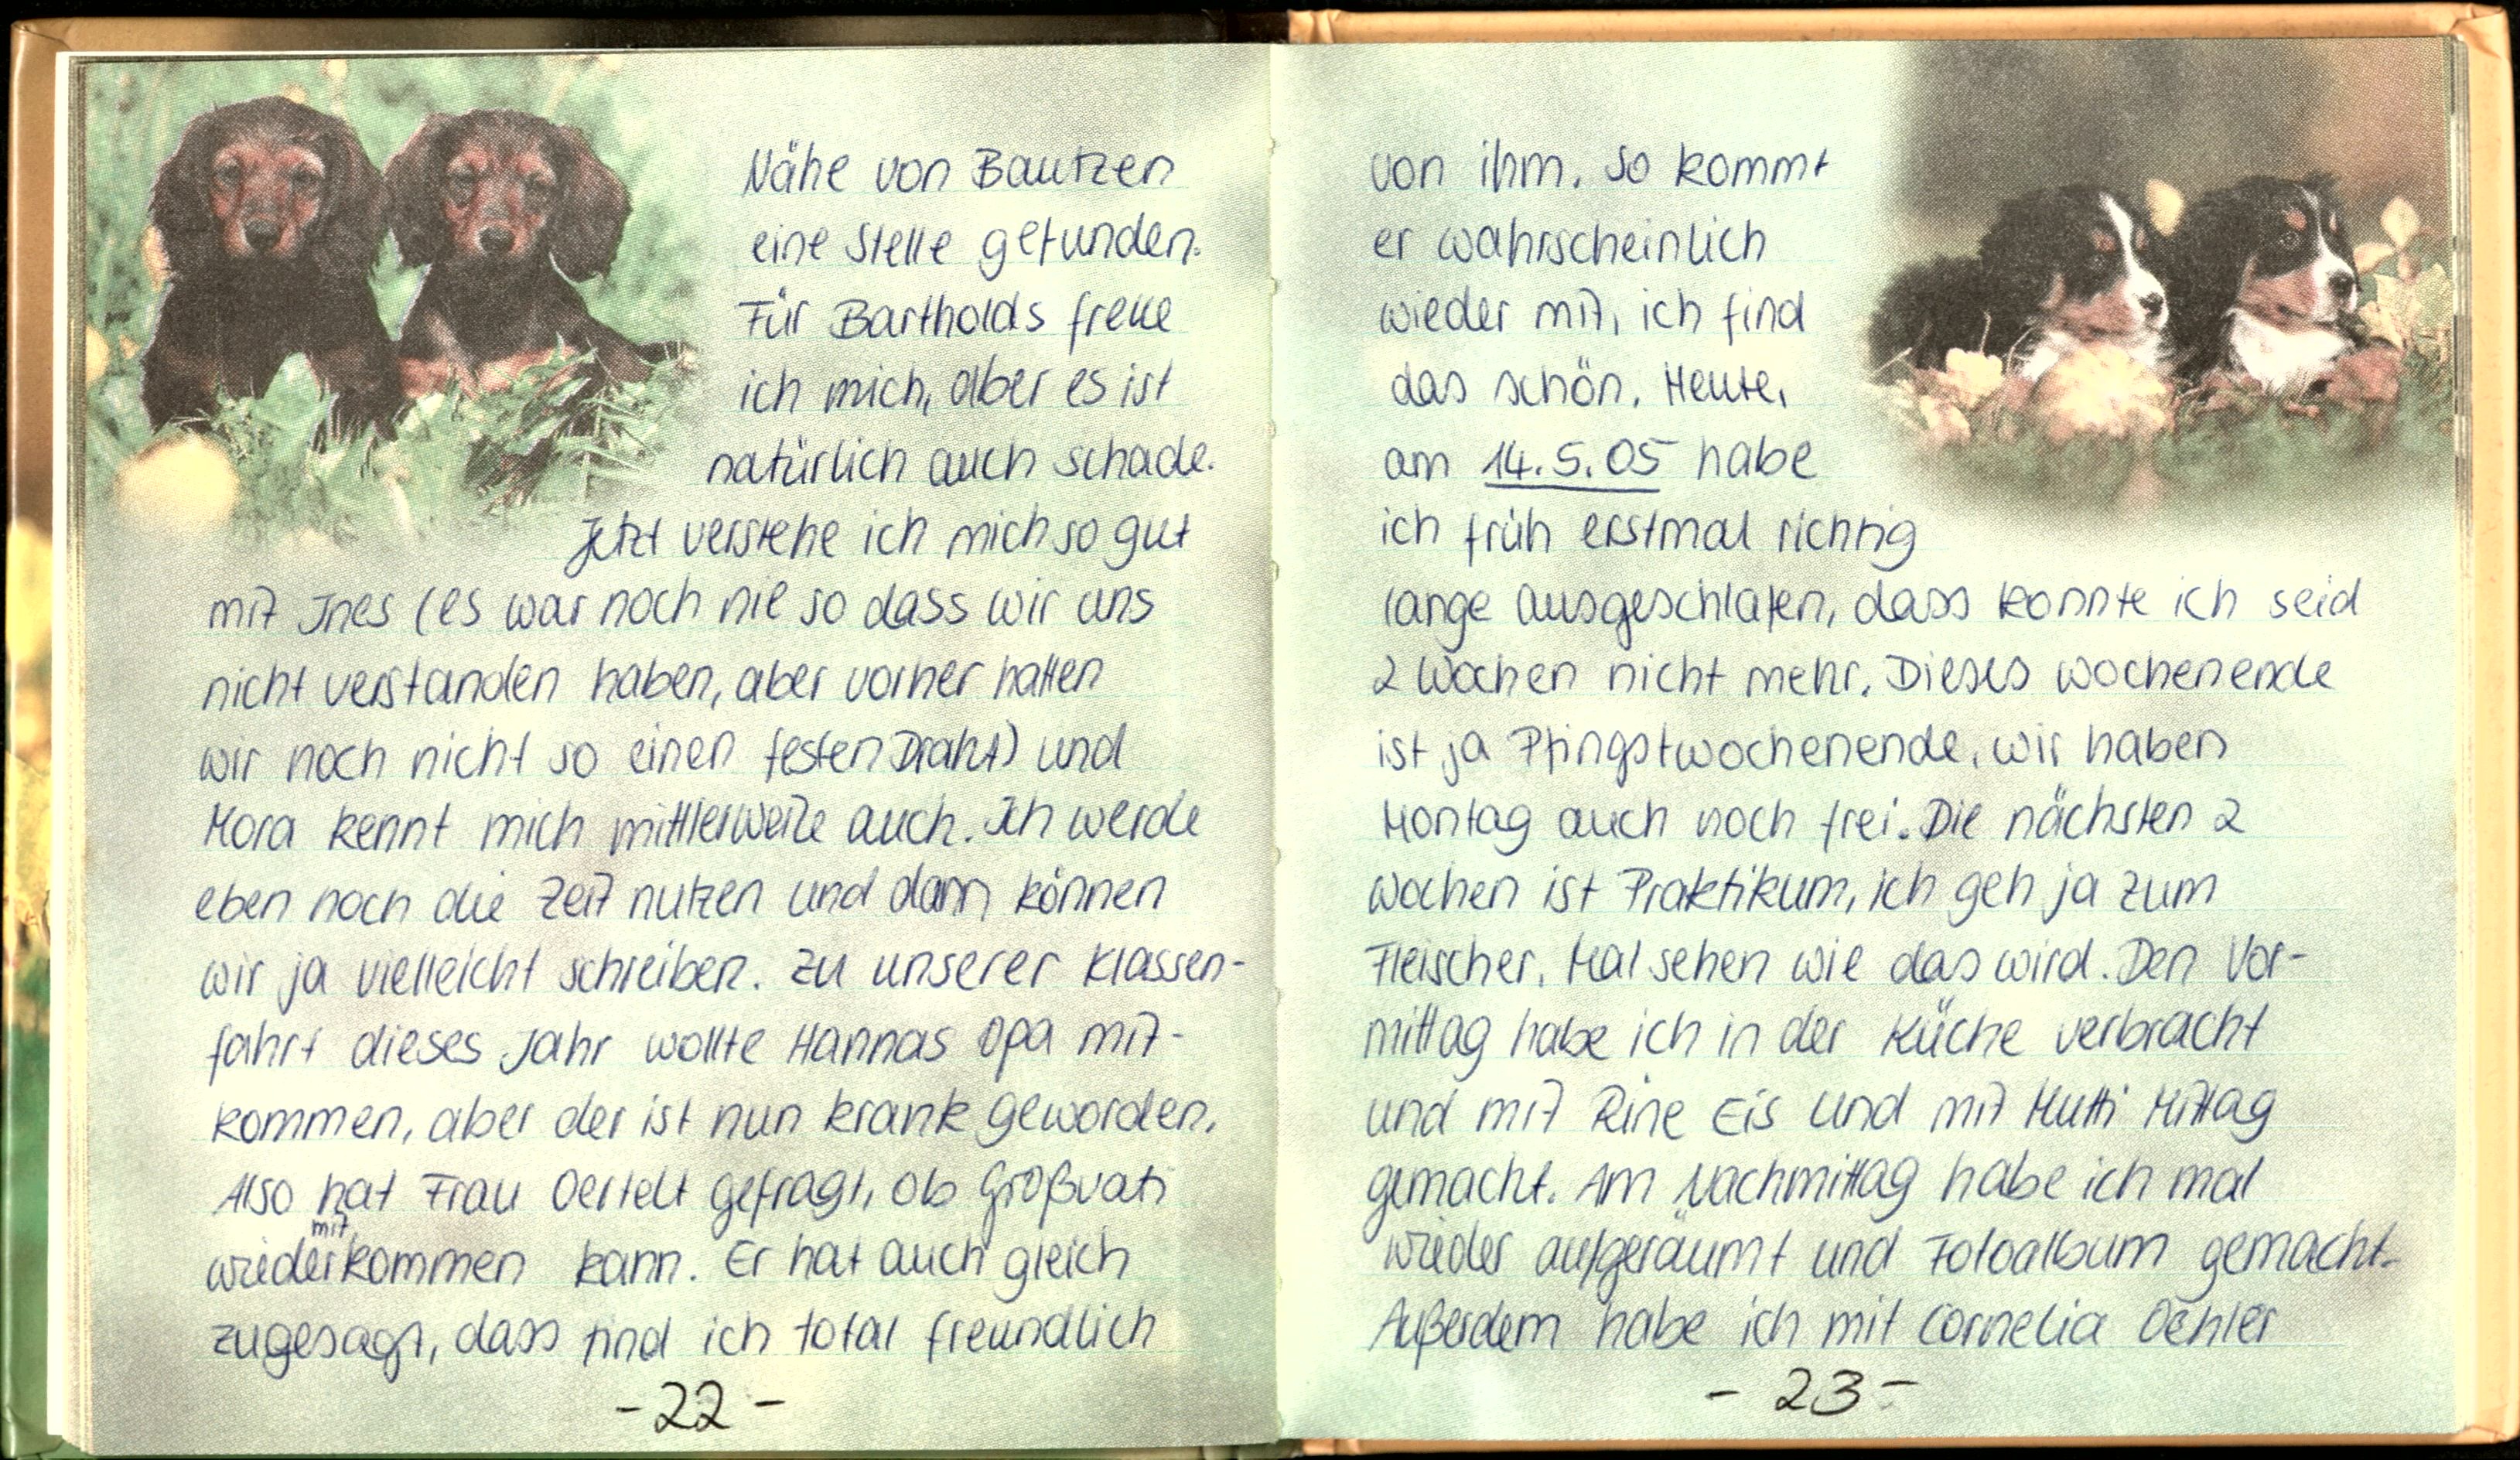
Nähe von Bautzen
eine Stelle gefunden.
Für Bartholds freue
ich mich, aber es ist
natürlich auch schade.
Jetzt verstehe ich mich so gut
mit Ines (es war noch nie so dass wir uns
nicht verstanden haben, aber vorher hatten
wir noch nicht so einen festen Draht) und
Mora kennt mich mitterweile auch. Ich werde
eben noch die Zeit nutzen und dann können
wir ja vielleicht schreiben. Zu unserer Klassen-
fahrt dieses Jahr wollte Hannas Opa mit
kommen, aber der ist nun krank geworden.
Also hat Frau Oertelt gefragt, ob Großvati
wiederkommen kann. Er hat auch gleich
zugesagt, dass find ich total freundlich

von ihm. so kommt
er wahrscheinlich
wieder mit, ich find
das schön. Heute,
am 14.5.05 habe
ich früh erstmal richtig
lange ausgeschlafen, dass konnte ich seid
2 Wochen nicht mehr. Dieses Wochenende
ist ja Pfingstwochenende, wir haben
Montag auch noch frei. Die nächsten 2
Wochen ist Praktikum, ich geh ja zum
Fleischer. Mal sehen wie das wird. Den Vor-
mittag habe ich in der Küche verbracht
und mit Rine Eis und mit Mutti Mittag
gemacht. Am Nachmittag habe ich mal
wieder aufgeräumt und Fotoalbum gemacht,
Außerdem habe ich mit Cornelia Oehler